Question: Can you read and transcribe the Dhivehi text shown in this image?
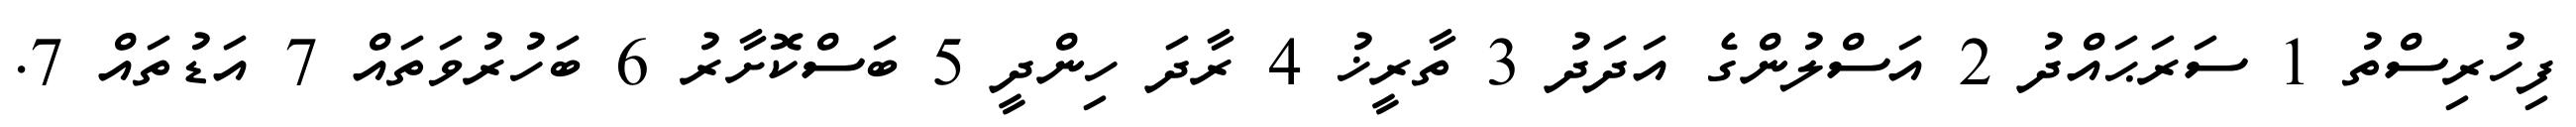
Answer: ފިހުރިސްތު 1 ސަރަޙައްދު 2 އަސްލުންގެ އަދަދު 3 ތާރީޚު 4 ރާދަ ހިންދީ 5 ބަސްކޮށާރު 6 ބަހުރުވަތައް 7 އަޑުތައް 7.